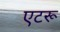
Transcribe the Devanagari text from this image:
एटरू